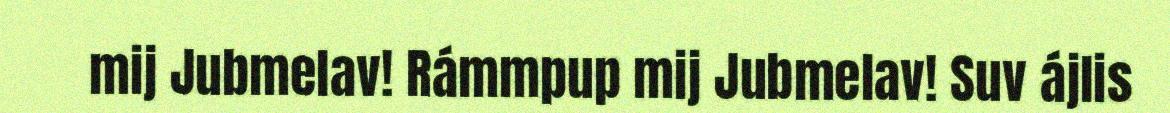
mij Jubmelav! Rámmpup mij Jubmelav! Suv ájlis